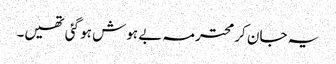
یہ جان کر محترمہ بے ہوش ہو گئی تھیں۔